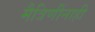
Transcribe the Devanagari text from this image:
मैत्रिणींनाही